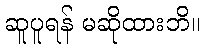
ဆူပူရန် မဆိုထားဘိ။